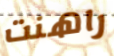
راهنت